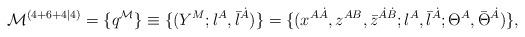
LaTeX: \begin{align*}{\cal M}^{(4+6+4|4)} = \{ q^{{\cal M}} \} \equiv\{ (Y^M; \l^A, \bar{\l}^{\dot{A}}) \}=\{ (x^{A\dot{A}}, z^{AB},\bar{z}^{\dot{A}\dot{B}}; \l^A, \bar{\l}^{\dot{A}};\Theta^{A}, \bar{\Theta}^{\dot{A}})\},\end{align*}